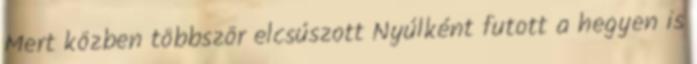
Mert közben többször elcsúszott Nyúlként futott a hegyen is